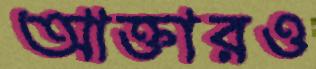
আক্তারও